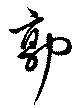
郭